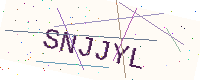
Text: SNJJYL